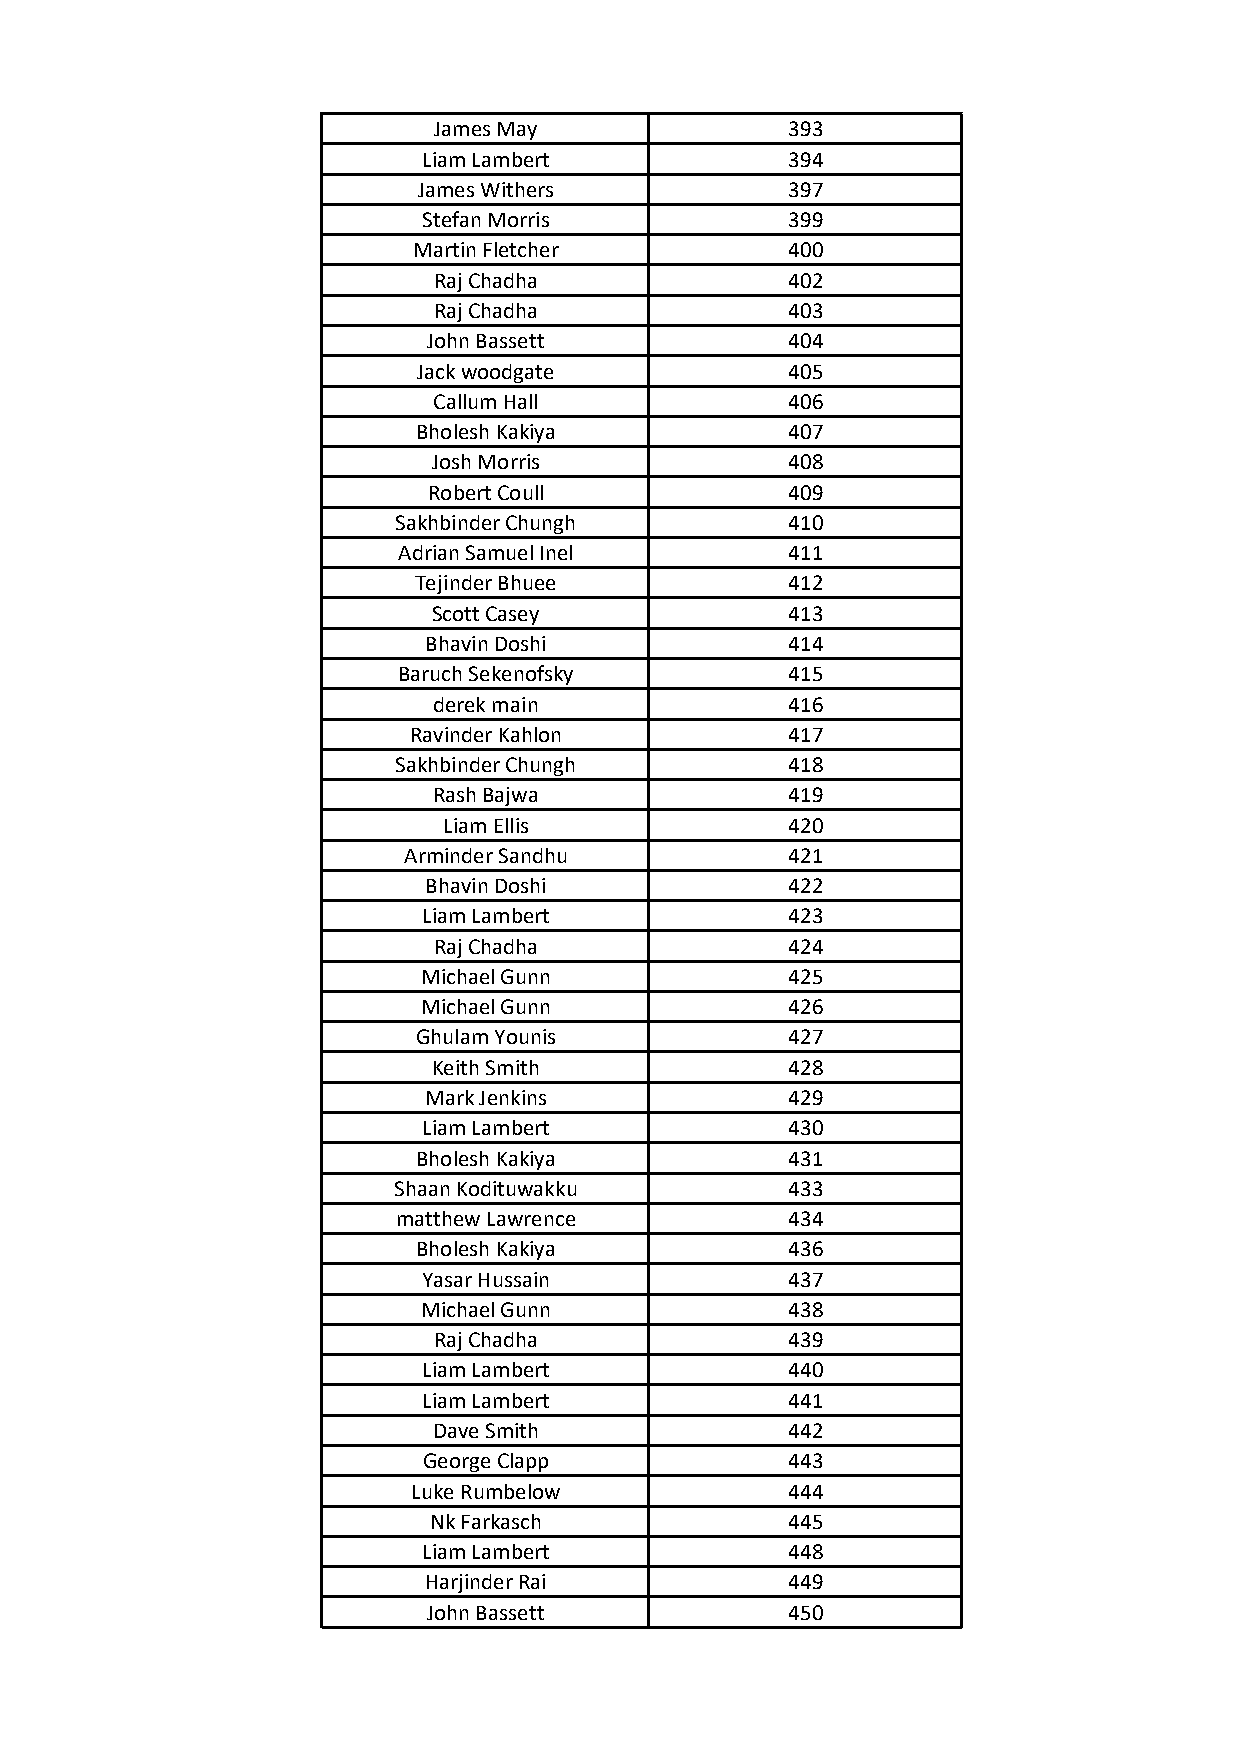
James May              393
 Liam Lambert            394
 James Withers           397
 Stefan Morris           399
 Martin Fletcher          400
 Raj Chadha             402
 Raj Chadha             403
 John Bassett            404
 Jack woodgate           405
 Callum Hall            406
 Bholesh Kakiya          407
 Josh Morris            408
 Robert Coull            409
 Sakhbinder Chungh         410
 Adrian Samuel Inel        411
 Tejinder Bhuee           412
 Scott Casey            413
 Bhavin Doshi            414
 Baruch Sekenofsky         415
 derek main             416
 Ravinder Kahlon          417
 Sakhbinder Chungh         418
 Rash Bajwa             419
 Liam Ellis             420
 Arminder Sandhu          421
 Bhavin Doshi            422
 Liam Lambert            423
 Raj Chadha             424
 Michael Gunn            425
 Michael Gunn            426
 Ghulam Younis           427
 Keith Smith            428
 Mark Jenkins            429
 Liam Lambert            430
 Bholesh Kakiya          431
 Shaan Kodituwakku         433
 matthew Lawrence          434
 Bholesh Kakiya          436
 Yasar Hussain           437
 Michael Gunn            438
 Raj Chadha             439
 Liam Lambert            440
 Liam Lambert            441
 Dave Smith             442
 George Clapp            443
 Luke Rumbelow            444
 Nk Farkasch             445
 Liam Lambert            448
 Harjinder Rai           449
 John Bassett            450